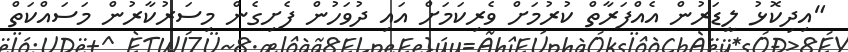
"އިދިކޮޅު ލީޑަރުން އެއްފަރާތް ކުރުމަށް ވެރިކަމަށް އައި ދުވަހުން ފެށިގެން މިސަރުކާރުން މަސައްކަތް